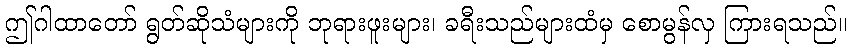
ဤဂါထာတော် ရွတ်ဆိုသံများကို ဘုရားဖူးများ၊ ခရီးသည်များထံမှ စောမွန်လှ ကြားရသည်။